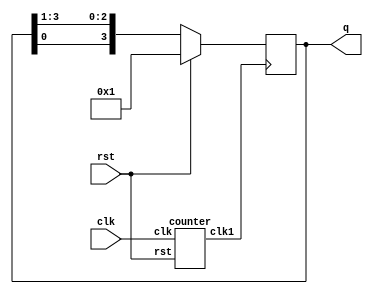
`timescale 1ns / 1ps
//////////////////////////////////////////////////////////////////////////////////
// Company: 
// Engineer: 
// 
// Design Name: 
// Module Name: ring
// Project Name: 
// Target Devices: 
// Tool Versions: 
// Description: 
// 
// Dependencies: 
// 
// Revision:
// Revision 0.01 - File Created
// Additional Comments:
// 
//////////////////////////////////////////////////////////////////////////////////


module ring(clk,rst,q);
input clk,rst;
output reg [3:0] q;
wire clk1;
counter c1 (clk,rst,clk1);
initial q=4'b001;
always @(posedge clk1 )
if(rst)
    q=4'b0001;
else 
    q={q[0],q[3:1]};
endmodule

module counter(clk,rst,clk1);
input clk,rst;
output clk1;
reg [24:0] q;
assign clk1=q[24];
always @(posedge clk )
if(rst)
    q=25'b0;
else
    q=q+1;
 endmodule